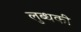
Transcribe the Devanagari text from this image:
लुब्धकी